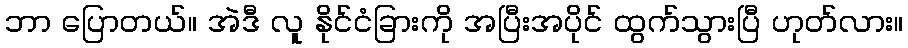
ဘာ ပြောတယ်။ အဲဒီ လူ နိုင်ငံခြားကို အပြီးအပိုင် ထွက်သွားပြီ ဟုတ်လား။